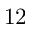
1 2